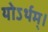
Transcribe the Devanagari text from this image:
योऽर्थम्।